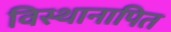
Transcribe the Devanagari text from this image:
विस्थानापित